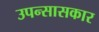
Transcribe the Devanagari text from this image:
उपन्सासकार